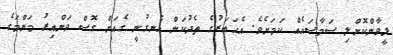
ލީވާންކޮށްލި ސަމާސައެއް ކަމަށެވެ. އެޚަބަރުގެ ތެދުކަން އެނގުނީ ގެއަށް ގޮސް ވަންއިރު މަންމަގެ